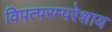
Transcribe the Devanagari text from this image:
विपत्परम्परेशाय